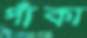
পাঁকা